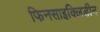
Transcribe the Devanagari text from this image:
फिनसाइक्लिडीन